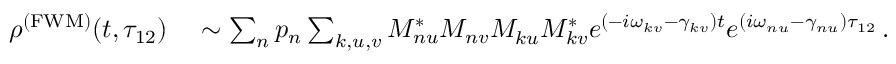
\begin{array} { r l } { \rho ^ { \mathrm { ( F W M ) } } ( t , \tau _ { 1 2 } ) } & { { } \sim \sum _ { n } p _ { n } \sum _ { k , u , v } M _ { n u } ^ { * } M _ { n v } ^ { } M _ { k u } ^ { } M _ { k v } ^ { * } e ^ { ( - i \omega _ { k v } - \gamma _ { k v } ) t } e ^ { ( i \omega _ { n u } - \gamma _ { n u } ) \tau _ { 1 2 } } \, . } \end{array}